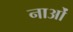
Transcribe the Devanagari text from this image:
नाओं